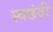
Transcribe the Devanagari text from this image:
स्वछंदी